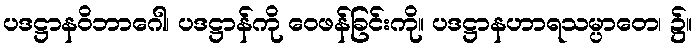
ပဒဋ္ဌာနဝိဘာဂေါ၊ ပဒဋ္ဌာန်ကို ဝေဖန်ခြင်းကို။ ပဒဋ္ဌာနဟာရသမ္ပာတေ၊ ၌။